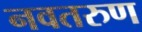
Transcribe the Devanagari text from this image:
नवतरुण